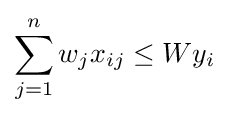
\sum _{j=1}^{n}w_{j}x_{ij}\leq Wy_{i}